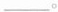
___。